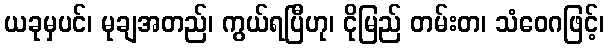
ယခုမှပင်၊ မုချအတည်၊ ကွယ်ရပြီဟု၊ ငိုမြည် တမ်းတ၊ သံဝေဂဖြင့်၊